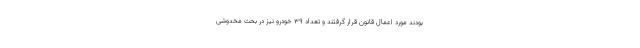
بودند مورد اعمال قانون قرار گرفتند و تعداد ۳۹ خودرو نیز در بحث مخدوشی